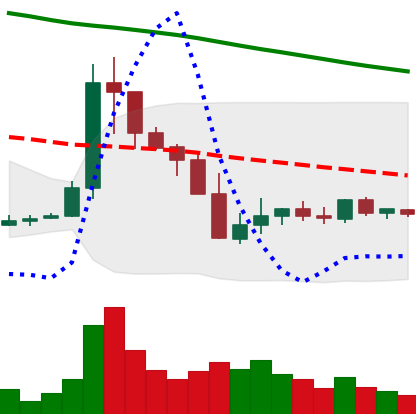
Ticker: XLM-USD
Chart end date: 2019-10-03
Forward return: 5.114%
Label: up_5_7